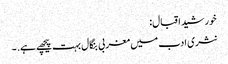
خورشید اقبال:
نثری ادب میں مغربی بنگال بہت پیچھے ہے. ۔